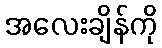
အလေးချိန်ကို